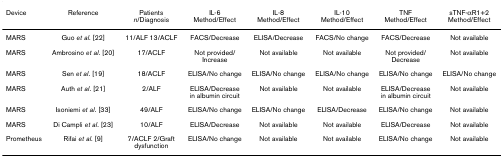
<table><thead><tr><td><b>Device</b></td><td><b>Reference</b></td><td><b>Patients<i>n</i>/Diagnosis</b></td><td><b>IL-6 Method/Effect</b></td><td><b>IL-8 Method/Effect</b></td><td><b>IL-10 Method/Effect</b></td><td><b>TNF Method/Effect</b></td><td><b>sTNF-αR1+2 Method/Effect</b></td></tr></thead><tbody><tr><td>MARS</td><td>Guo <i>et al</i>. [22]</td><td>11/ALF 13/ACLF</td><td>FACS/Decrease</td><td>ELISA/Decrease</td><td>FACS/No change</td><td>FACS/Decrease</td><td>Not available</td></tr><tr><td>MARS</td><td>Ambrosino <i>et al</i>. [20]</td><td>17/ACLF</td><td>Not provided/Increase</td><td>Not available</td><td>Not available</td><td>Not provided/Decrease</td><td>Not available</td></tr><tr><td>MARS</td><td>Sen <i>et al</i>. [19]</td><td>18/ACLF</td><td>ELISA/No change</td><td>ELISA/No change</td><td>ELISA/No change</td><td>ELISA/No change</td><td>ELISA/No change</td></tr><tr><td>MARS</td><td>Auth <i>et al</i>. [21]</td><td>2/ALF</td><td>ELISA/Decrease in albumin circuit</td><td>Not available</td><td>Not available</td><td>ELISA/Decrease in albumin circuit</td><td>Not available</td></tr><tr><td>MARS</td><td>Isoniemi <i>et al</i>. [33]</td><td>49/ALF</td><td>ELISA/No change</td><td>ELISA/No change</td><td>ELISA/Decrease</td><td>ELISA/No change</td><td>Not available</td></tr><tr><td>MARS</td><td>Di Campli <i>et al</i>. [23]</td><td>10/ALF</td><td>ELISA/Decrease</td><td>Not available</td><td>Not available</td><td>ELISA/Decrease</td><td>Not available</td></tr><tr><td>Prometheus</td><td>Rifai <i>et al</i>. [9]</td><td>7/ACLF 2/Graft dysfunction</td><td>ELISA/No change</td><td>Not available</td><td>Not available</td><td>ELISA/No change</td><td>Not available</td></tr></tbody></table>